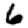
Digit: 6